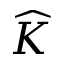
\widehat { K }